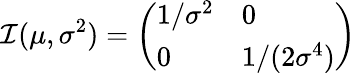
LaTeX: {\mathcal{I}}(\mu,\sigma^{2})={\left(\begin{array}{ll}{1/\sigma^{2}}&{0}\\ {0}&{1/(2\sigma^{4})}\end{array}\right)}